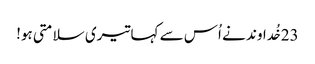
23خُداوند نے اُس سے کہا تیری سلامتی ہو!